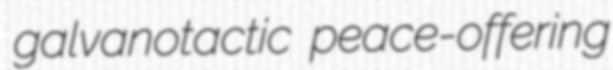
galvanotactic peace-offering